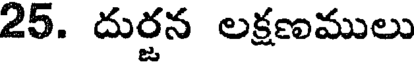
25. దుర్జన లక్షణములు